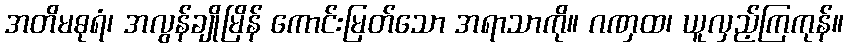
အတိမဓုရံ၊ အလွန်ချိုမြိန် ကောင်းမြတ်သော အရာသာကို။ ဂဏှထ၊ ယူလှည့်ကြကုန်။